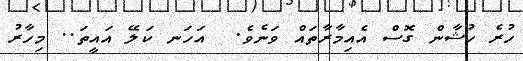
ހުރެ ހުޝާން ގޮސް އެއިމާރާތައް ވަނެވެ.  އަހަނ ކަލޭ އައީތަ.. މިހާރު